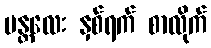
မန္တလေး နှစ်ရက် စာလိုက်